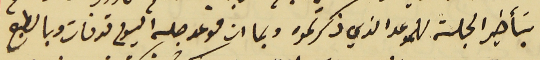
بتأخير الجلسة للموعد الذي ذكرتموه وبما ان موعد جلسه اليوم قد فات وبالطبع